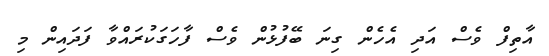
އާތިފް ވެސް އަދި އެހެން ގިނަ ބޭފުޅުން ވެސް ފާހަގަކުރައްވާ ފަދައިން މި